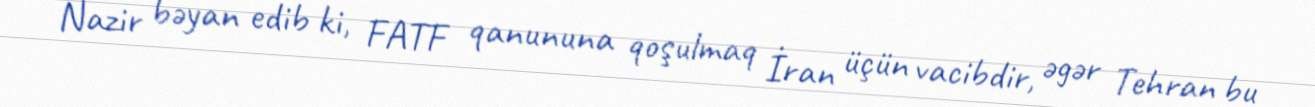
Nazir bəyan edib ki, FATF qanununa qoşulmaq İran üçün vacibdir, əgər Tehran bu